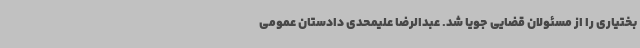
بختیاری را از مسئولان قضایی جویا شد. عبدالرضا علیمحدی دادستان عمومی